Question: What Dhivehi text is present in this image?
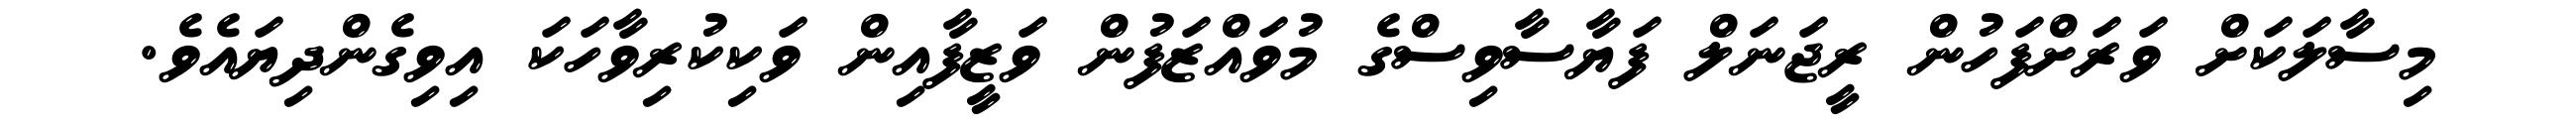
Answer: މިސާލަކަށް ވަރަށްފަހުން ރީޖަނަލް ފަޔާސާވިސްގެ މުވައްޒަފުން ވަޒީފާއިން ވަކިކުރިވާހަކަ އިވިގެންދިޔައެވެ.